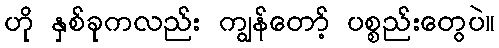
ဟို နှစ်ခုကလည်း ကျွန်တော့် ပစ္စည်းတွေပဲ။